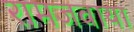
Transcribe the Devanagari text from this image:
रामजवाया